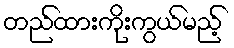
တည်ထားကိုးကွယ်မည့်